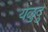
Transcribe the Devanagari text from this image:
येळुदु